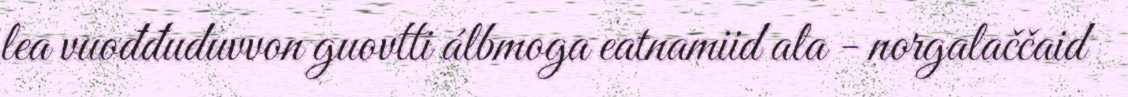
lea vuođđuduvvon guovtti álbmoga eatnamiid ala - norgalaččaid